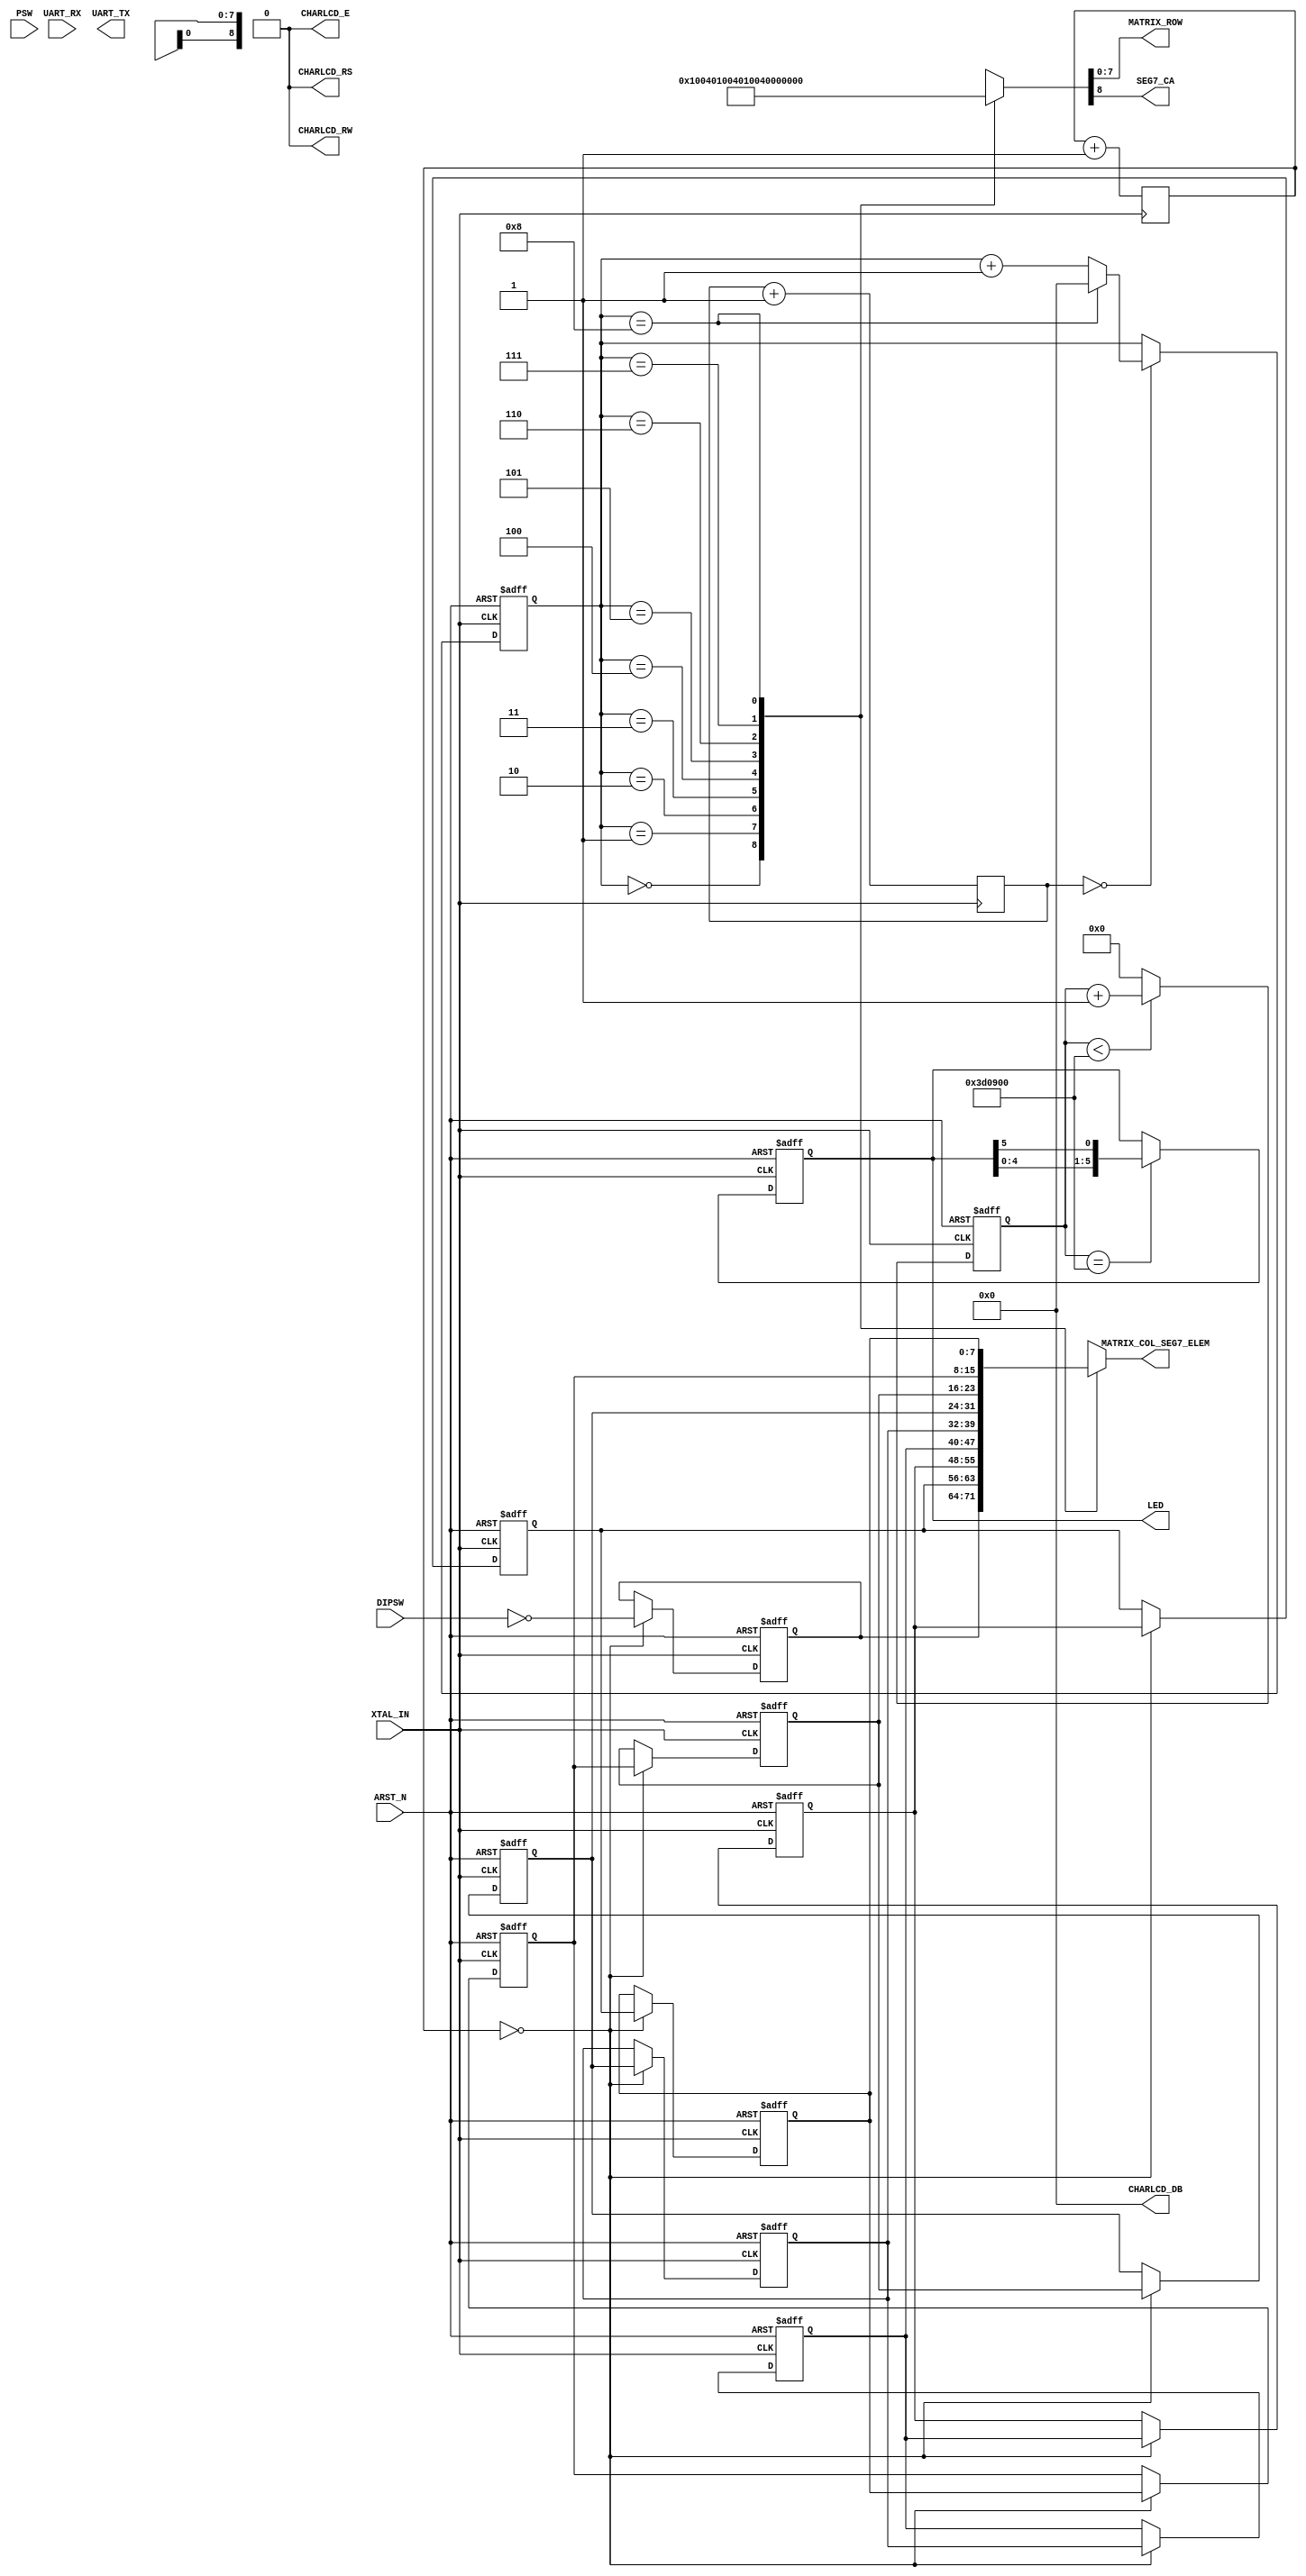
module top
(
	//// CLK & PUSH SW ////
	input           ARST_N,
	input           XTAL_IN,
	input           PSW,

	//// AE-FT234X ////
	input           UART_RX,
	output          UART_TX,

	//// LED array for dynamic driving ////
	output  [7:0]   MATRIX_COL_SEG7_ELEM,
	output  [7:0]   MATRIX_ROW,
	output          SEG7_CA,

	//// 8x in-line dip switch
	input   [7:0]   DIPSW,

	//// HD44780 compatible character LCD ////
	output  [3:0]   CHARLCD_DB, // DB4, 5, 6, 7
	output          CHARLCD_E,
	output          CHARLCD_RW,
	output          CHARLCD_RS,

	//// On-board LED ////
	output  [5:0]   LED
);

	assign CHARLCD_DB = 4'd0;
	assign CHARLCD_E = 1'b0;
	assign CHARLCD_RW = 1'b0;
	assign CHARLCD_RS = 1'b0;

	// using internal OSC
	//Gowin_OSC chip_osc(
	//	.oscout(oscout_o) //output oscout
	//);

	// PLL for driving LCD
	//Gowin_rPLL chip_pll(
	//	.clkout(CLK_SYS),  // output clkout    // 200M
	//	.clkoutd(CLK_PIX), // output clkoutd   // 33.33M
	//	.clkin(XTAL_IN)    // input clkin
	//);

	// LED dynamic drive lookup
	function [8:0] led_row_f;
		input [3:0] led_row_arg;
		begin
		case (led_row_arg)
			4'd0: led_row_f = 9'b100000000;
			4'd1: led_row_f = 9'b010000000;
			4'd2: led_row_f = 9'b001000000;
			4'd3: led_row_f = 9'b000100000;
			4'd4: led_row_f = 9'b000010000;
			4'd5: led_row_f = 9'b000001000;
			4'd6: led_row_f = 9'b000000100;
			4'd7: led_row_f = 9'b000000010;
			4'd8: led_row_f = 9'b000000001;
		endcase
		end
	endfunction

	function [7:0] led_col_f;
		input [3:0] led_row_arg;
		input [7:0] led_col_0_arg;
		input [7:0] led_col_1_arg;
		input [7:0] led_col_2_arg;
		input [7:0] led_col_3_arg;
		input [7:0] led_col_4_arg;
		input [7:0] led_col_5_arg;
		input [7:0] led_col_6_arg;
		input [7:0] led_col_7_arg;
		input [7:0] led_col_8_arg;
		begin
		case (led_row_arg)
			4'd0 : led_col_f = led_col_0_arg;
			4'd1 : led_col_f = led_col_1_arg;
			4'd2 : led_col_f = led_col_2_arg;
			4'd3 : led_col_f = led_col_3_arg;
			4'd4 : led_col_f = led_col_4_arg;
			4'd5 : led_col_f = led_col_5_arg;
			4'd6 : led_col_f = led_col_6_arg;
			4'd7 : led_col_f = led_col_7_arg;
			4'd8 : led_col_f = led_col_8_arg;
		endcase
		end
	endfunction

	// drive LED
	reg     [31:0]  ledcnt_r;
	reg     [5:0]   led_r;
	assign LED = led_r;

	always @ (posedge XTAL_IN or negedge ARST_N) begin
		if (!ARST_N) begin
			ledcnt_r <= 24'd0;
		end else if (ledcnt_r < 24'd400_0000) begin
			ledcnt_r <= ledcnt_r + 1;
		end else begin
			ledcnt_r <= 24'd0;
		end
	end

	always @ (posedge XTAL_IN or negedge ARST_N) begin
		if (!ARST_N) begin
			led_r <= 6'b111110;
		end else if (ledcnt_r == 24'd400_0000) begin
			led_r[5:0] <= {led_r[4:0],led_r[5]};
		end else begin
			led_r <= led_r;
		end
	end

	reg [13:0] dyn_refresh_cnt_r;
	reg [21:0] row_slide_cnt_r;
	reg [3:0] led_row_r;
	reg [7:0] led_col_0_r;
	reg [7:0] led_col_1_r;
	reg [7:0] led_col_2_r;
	reg [7:0] led_col_3_r;
	reg [7:0] led_col_4_r;
	reg [7:0] led_col_5_r;
	reg [7:0] led_col_6_r;
	reg [7:0] led_col_7_r;
	reg [7:0] led_col_8_r;

	assign {SEG7_CA, MATRIX_ROW} = led_row_f(led_row_r);
	assign MATRIX_COL_SEG7_ELEM = led_col_f(led_row_r,
	                                        led_col_0_r,
	                                        led_col_1_r,
	                                        led_col_2_r,
	                                        led_col_3_r,
	                                        led_col_4_r,
	                                        led_col_5_r,
	                                        led_col_6_r,
	                                        led_col_7_r,
	                                        led_col_8_r);

	always @ (posedge XTAL_IN) begin
		dyn_refresh_cnt_r <= dyn_refresh_cnt_r + 14'd1;
	end
	always @ (posedge XTAL_IN) begin
		row_slide_cnt_r <= row_slide_cnt_r + 22'd1;
	end

	always @ (posedge XTAL_IN or negedge ARST_N) begin
		if (! ARST_N) begin
			led_col_0_r <= 8'b00000000;
			led_col_1_r <= 8'b00011000;
			led_col_2_r <= 8'b00100100;
			led_col_3_r <= 8'b01000010;
			led_col_4_r <= 8'b10000001;
			led_col_5_r <= 8'b10000001;
			led_col_6_r <= 8'b01000010;
			led_col_7_r <= 8'b00100100;
			led_col_8_r <= 8'b00011000;
		end else if (row_slide_cnt_r == 22'd0) begin
			led_col_0_r <= ~DIPSW;
			led_col_1_r <= led_col_2_r;
			led_col_2_r <= led_col_3_r;
			led_col_3_r <= led_col_4_r;
			led_col_4_r <= led_col_5_r;
			led_col_5_r <= led_col_6_r;
			led_col_6_r <= led_col_7_r;
			led_col_7_r <= led_col_8_r;
			led_col_8_r <= led_col_1_r;
		end else begin
			led_col_0_r <= led_col_0_r;
			led_col_1_r <= led_col_1_r;
			led_col_2_r <= led_col_2_r;
			led_col_3_r <= led_col_3_r;
			led_col_4_r <= led_col_4_r;
			led_col_5_r <= led_col_5_r;
			led_col_6_r <= led_col_6_r;
			led_col_7_r <= led_col_7_r;
			led_col_8_r <= led_col_8_r;
		end
	end

	always @ (posedge XTAL_IN or negedge ARST_N) begin
		if (! ARST_N) begin
			led_row_r <= 4'd0;
		end else if (dyn_refresh_cnt_r == 14'd0) begin
			if (led_row_r == 4'd8) begin
				led_row_r <= 4'd0;
			end else begin
				led_row_r <= led_row_r + 4'd1;
			end
		end else begin
			led_row_r <= led_row_r;
		end
	end
endmodule